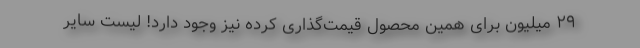
۲۹ میلیون برای همین محصول قیمت‌گذاری کرده نیز وجود دارد! لیست سایر